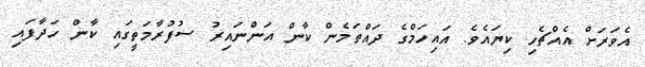
އެވަރަށް އެއްޗެހި ކިޔައެވެ. އައިހަމްގެ ދައްތަމެން ކާން އަންނައިރު ސުފުރާމަތީގައި ކާން ހަދާފައި